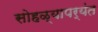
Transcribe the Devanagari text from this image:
सोहळ्यापर्यंत